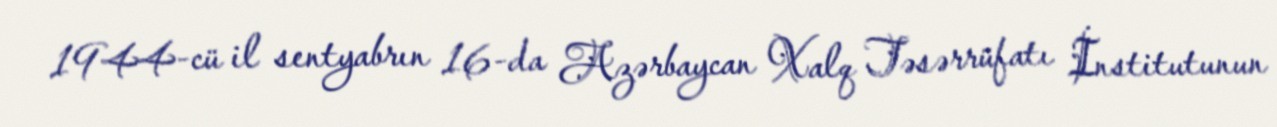
1944-cü il sentyabrın 16-da Azərbaycan Xalq Təsərrüfatı İnstitutunun